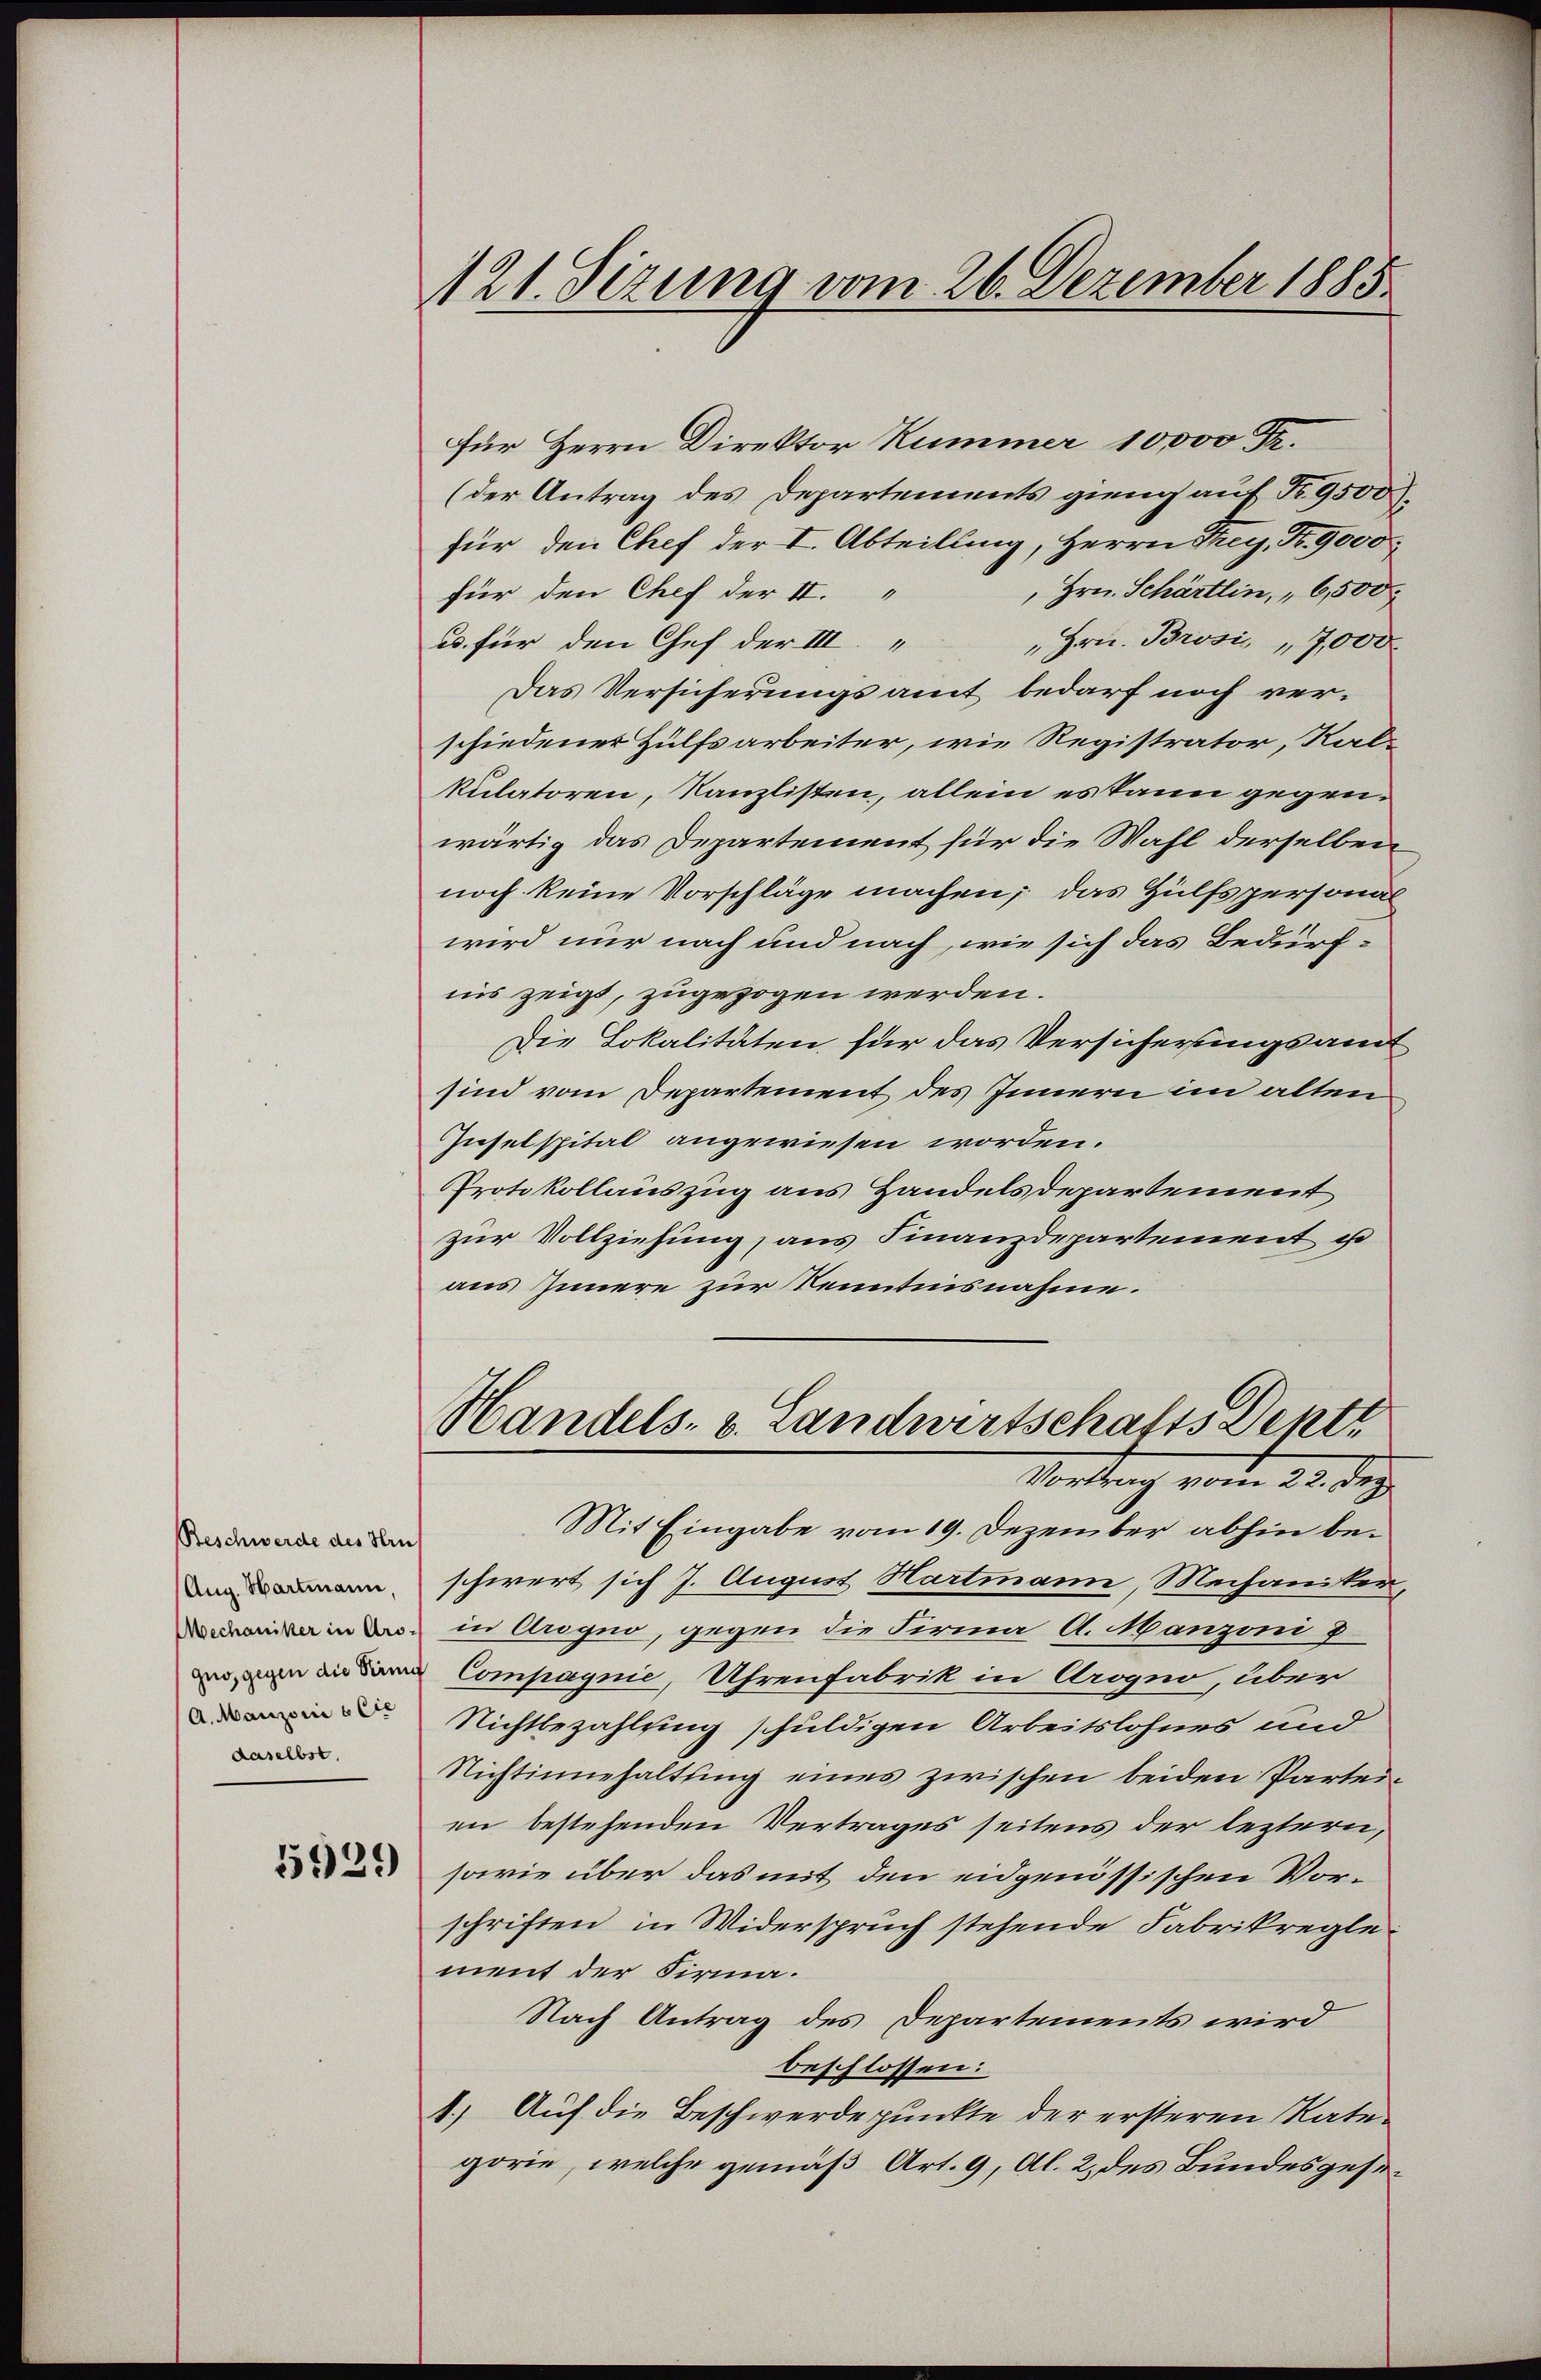
Beschwerde des Hrus
Aug. Hartmann,
A. Manzoni e lie
daselbst.

5929

121. Sezung vom 26. Dezember 1885

für Herrn Direktor Kummer 10000 Fr.
(der Antrag des Departements gieng auf Nr. 9500.
für den Chef der I. Abteilung, Herrn Prey, Nr. 9000
 Hrn. Schärtlin, "6,500.
für den Chef der II. "
"Hrn. Brosi „7,000
u. für den Chef der III.
Das Versicherungsamt bedarf noch verschiedener Hülfsarbeiter, wie Registrator, Kalkulatoren, Kanzlisten, allein es kann gegenwärtig das Departement für die Wahl derselben
noch keine Vorschläge machen; das Hülfspersonal
wird nur nach und nach, wie sich das Bedürfnis zeigt, zugezogen werden.
Die Lokalitäten für das Versicherungsamt
sind vom Departement des Innern im alten
Inselspital angewiesen worden.
Protokollauszug aus Handelsdepartement
zur Vollziehung, aus Finanzdepartement u
aus Innere zur Kenntnisnahme.
Handels- u. Landwertschafts Dentt
Vortrag vom 22. Dez.
Mit Eingabe vom 19. Dezember abhin beschwert sich 7. August Hartmann, Mechaniker,
a in do in Crogno, gegen die Firma A. Manzoni u
ne Compagnie, Uhrenfabrik in Arogno, über
Nichtbezahlung schuldigen Arbeitslohnes und
Nichtinnehaltung eines zwischen beiden Parteien bestehenden Vertrages seitens der leztern,
sowie über das mit den eidgenössischen Vorschriften in Widerspruch stehende Fabrikreglement der Firma.
Nach Antrag des Departements wird
beschlossen:
1.) Auf die Beschwerdepunkte der ersteren Rategorie, welche gemäß Art. 9, Al. 2 des Bundesgese¬